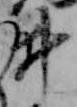
ゐ